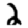
Digit: 2